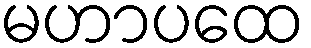
မဟာပထေ